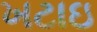
ખટાઇ